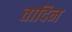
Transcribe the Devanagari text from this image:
तादिन